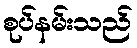
စုပ်နမ်းသည်